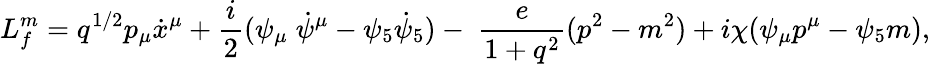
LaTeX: L_{f}^{m}=q^{1/2}p_{\mu}\dot{x}^{\mu}+\frac{i}{2}(\psi_{\mu}\; \dot{\psi}^{\mu}-\psi_{5}\dot{\psi}_{5})-\; \frac{e}{1+q^{2}}(p^{2}-m^{2})+i\chi(\psi_{\mu}p^{\mu}-\psi_{5}m),